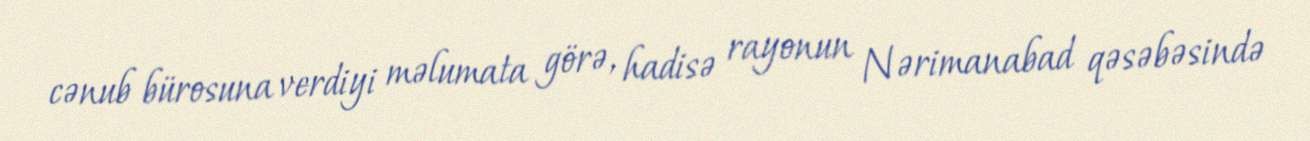
cənub bürosuna verdiyi məlumata görə, hadisə rayonun Nərimanabad qəsəbəsində